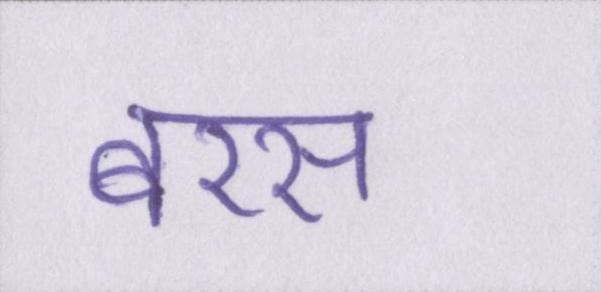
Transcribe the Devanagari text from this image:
बरस